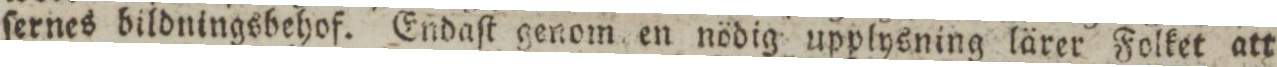
ſernes bildningsbehof. Endaſt genom en nödig upplysning lärer Folket att